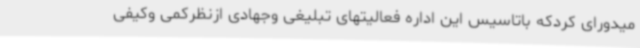
میدورای کردکه باتاسیس این اداره فعالیتهای تبلیغی وجهادی ازنظرکمی وکیفی